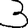
Digit: 3